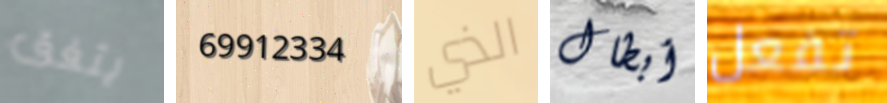
يتفق 69912334 الذي أبطال تفعل